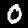
Digit: 0